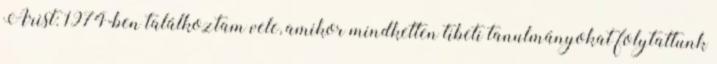
Arist: 1974-ben találkoztam vele, amikor mindketten tibeti tanulmányokat folytattunk